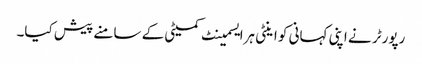
رپورٹر نے اپنی کہانی کو اینٹی ہرایسمینٹ کمیٹی کے سامنے پیش کیا۔